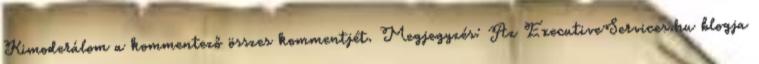
Kimoderálom a kommentező összes kommentjét. Megjegyzés: Az ExecutiveServices.hu blogja